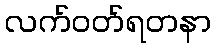
လက်ဝတ်ရတနာ